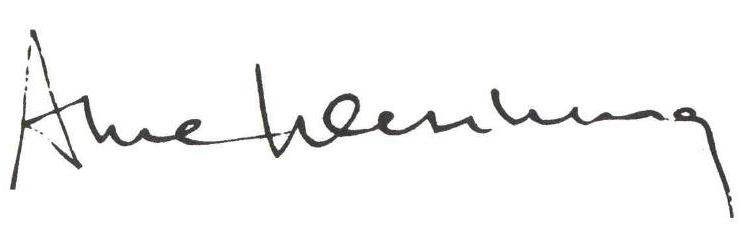
Arne Wessberg